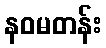
နဝမတန်း